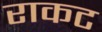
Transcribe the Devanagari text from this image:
राकट